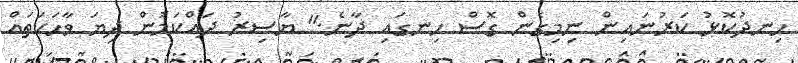
ހިނދުކޮޅު ކަރުނައިން ނިމިގެން ގޮސް ހިނގައި ދާނެ." ޔާސިރު ދައްކަމުން ދިޔަ ވާހަކަތައް